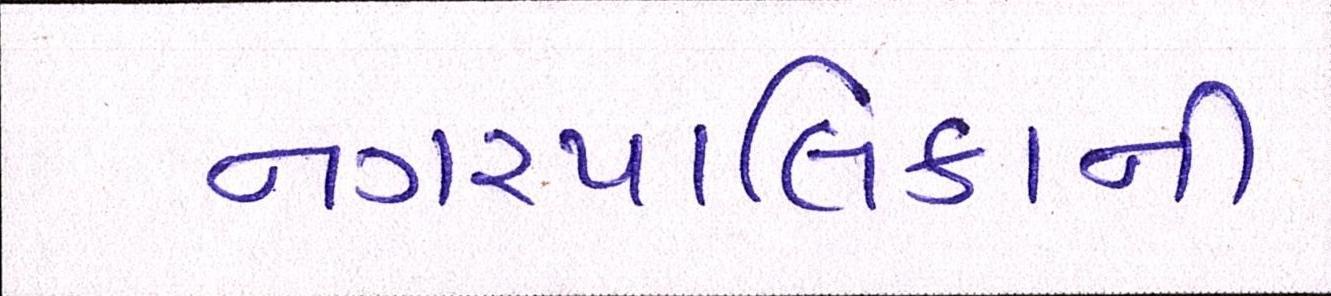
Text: નગરપાલિકાની